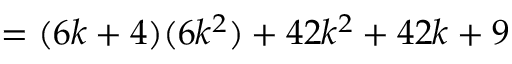
= ( 6 k + 4 ) ( 6 k ^ { 2 } ) + 4 2 k ^ { 2 } + 4 2 k + 9